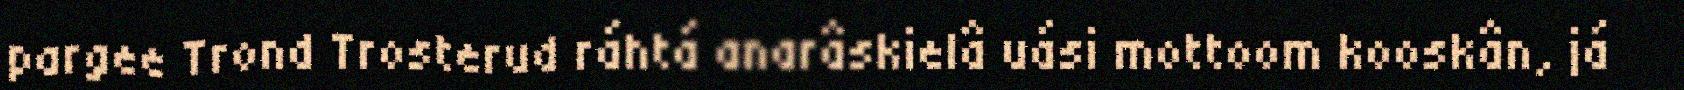
pargee Trond Trosterud ráhtá anarâskielâ uási mottoom kooskân, já